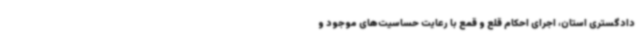
دادگستری استان، اجرای احکام قلع و قمع با رعایت حساسیت‌های موجود و